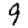
Digit: 9